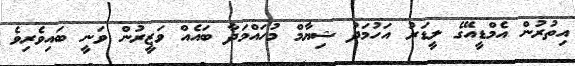
އިތުރުން އެމްޑީއޭގެ ލީޑަރު އަހުމަދު ޝިޔާމް މުހައްމަދާ ބައެއް ވަޒީރުން ވަނީ ބައިވެރިވެ